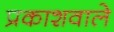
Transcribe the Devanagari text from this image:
प्रकाशवाले